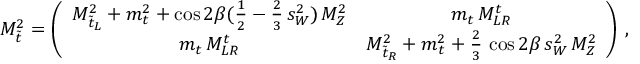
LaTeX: { \cal M } _ { \tilde { t } } ^ { 2 } = \left( \begin{array} { c c } { { M _ { \tilde { t } _ { L } } ^ { 2 } + m _ { t } ^ { 2 } + \cos { 2 \beta } ( { \frac { 1 } { 2 } } - { \frac { 2 } { 3 } } \, s _ { W } ^ { 2 } ) \, M _ { Z } ^ { 2 } } } & { { m _ { t } \, M _ { L R } ^ { t } } } \\ { { m _ { t } \, M _ { L R } ^ { t } } } & { { M _ { \tilde { t } _ { R } } ^ { 2 } + m _ { t } ^ { 2 } + { \frac { 2 } { 3 } } \, \cos { 2 \beta } \, s _ { W } ^ { 2 } \, M _ { Z } ^ { 2 } } } \end{array} \right) \, ,